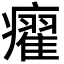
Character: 㿑